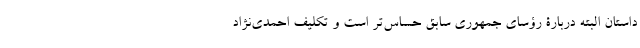
داستان البته دربارۀ رؤسای جمهوری سابق حساس‌تر است و تکلیف احمدی‌نژاد